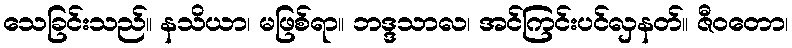
သေခြင်းသည်။ နသိယာ၊ မဖြစ်ရာ။ ဘဒ္ဒသာလ၊ အင်ကြင်းပင်လှနတ်။ ဇီဝတော၊